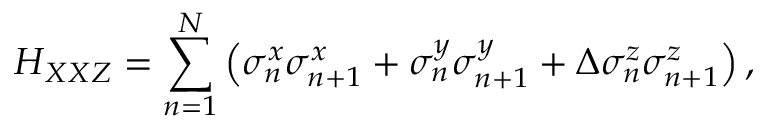
H _ { X X Z } = \sum _ { n = 1 } ^ { N } \left( \sigma _ { n } ^ { x } \sigma _ { n + 1 } ^ { x } + \sigma _ { n } ^ { y } \sigma _ { n + 1 } ^ { y } + \Delta \sigma _ { n } ^ { z } \sigma _ { n + 1 } ^ { z } \right) ,